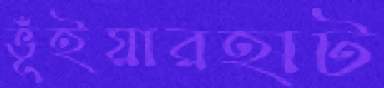
ভূঁইয়ারহাট